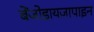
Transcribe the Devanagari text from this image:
बेंजोडायजापाइन